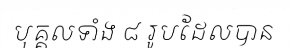
បុគ្គលទាំង ៨ រូបដែលបាន